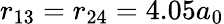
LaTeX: r_{13}=r_{24}=4.05a_{0}